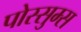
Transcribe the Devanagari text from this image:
पोस्सुम्स